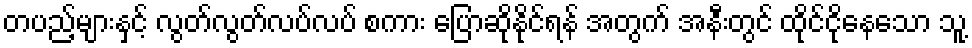
တပည့်များနှင့် လွတ်လွတ်လပ်လပ် စကား ပြောဆိုနိုင်ရန် အတွက် အနီးတွင် ထိုင်ငိုနေသော သူ့